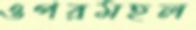
ওপরমহল